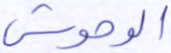
الوحوش